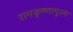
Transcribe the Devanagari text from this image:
रामकृष्णापुरम